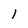
Character: 1